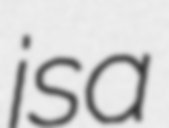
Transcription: is a